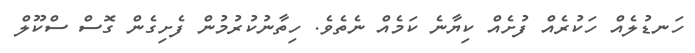
ހަނޑުލެއް ހަކުރެއް ފުށެއް ކިޔާނެ ކަމެއް ނެތެވެ. ހިތާނުކުރުމުން ފެށިގެން ގޮސް ސްކޫލް